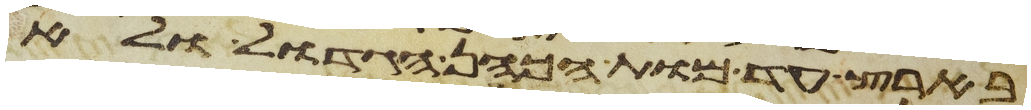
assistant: בארץ עד מות הכהן הגדול ולא